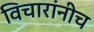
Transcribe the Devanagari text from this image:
विचारांनीच